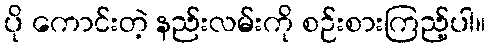
ပို ကောင်းတဲ့ နည်းလမ်းကို စဉ်းစားကြည့်ပါ။